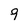
Character: 9